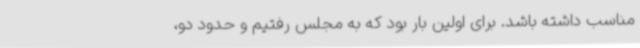
مناسب داشته باشد. برای اولین‌ بار بود که به مجلس رفتیم و حدود دو،